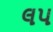
લપ